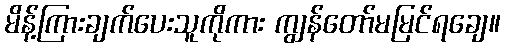
မိန့်ကြားချက်ပေးသူကိုကား ကျွန်တော်မမြင်ရချေ။